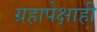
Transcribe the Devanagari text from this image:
ग्रहापेक्षाही